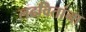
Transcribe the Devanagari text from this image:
लढवितांना